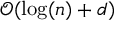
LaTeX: { \mathcal { O } } ( \log ( n ) + d )